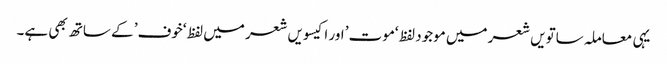
یہی معاملہ ساتویں شعر میں موجود لفظ ‘موت’ اور اکیسویں شعر میں لفظ ‘خوف’ کے ساتھ بھی ہے۔